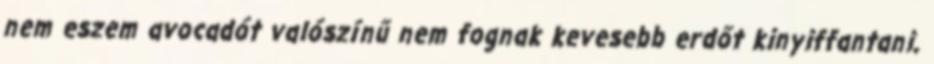
nem eszem avocadót valószínű nem fognak kevesebb erdőt kinyiffantani,